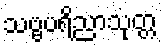
သဗ္ဗပရိညာသုတ္တ